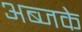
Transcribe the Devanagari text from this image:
अब्जके